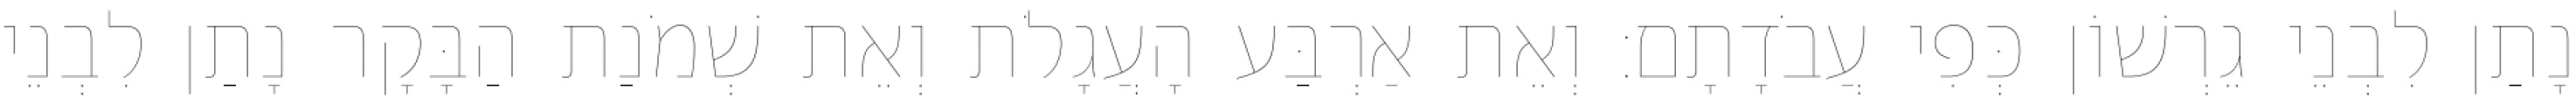
נָתַן לִבְנֵי גֵרְשׁוֹן כְּפִי עֲבֹדָתָם׃ וְאֵת אַרְבַּע הָעֲגָלֹת וְאֵת שְׁמֹנַת הַבָּקָר נָתַן לִבְנֵי